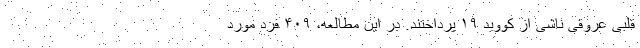
قلبی عروقی ناشی از کووید ۱۹ پرداختند. در این مطالعه، ۴۰۹ فرد مورد